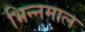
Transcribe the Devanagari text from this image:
भिन्‍नमाल